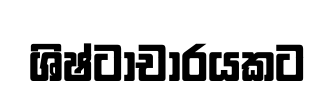
ශිෂ්ටාචාරයකට